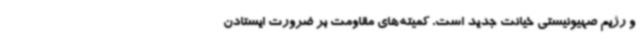
و رژیم صهیونیستی خیانت جدید است. کمیته‌های مقاومت بر ضرورت ایستادن